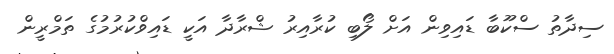
ސިދާތު ސްކޫބާ ޑައިވިން އަށް ލޯބި ކުރާއިރު ޝްރާދާ އަކީ ޑައިވްކުރުމުގެ ތަމްރީން